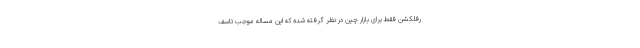
رفلکشن فقط برای بازار چین در نظر گرفته شده که این مساله موجب تاسف